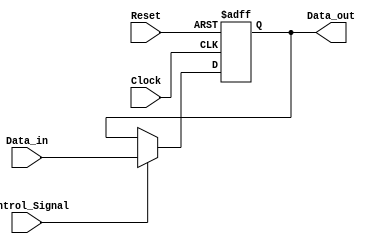
module ForwardingRegister (
    input wire [31:0] Data_in,      // Input data to be forwarded
    input wire Control_Signal,       // Control signal for forwarding
    input wire Clock,                // Clock signal
    input wire Reset,                // Asynchronous reset signal
    output reg [31:0] Data_out       // Output data that is forwarded
);

// Asynchronous Reset and D Flip-Flop behavior
always @(posedge Clock or posedge Reset) begin
    if (Reset) begin
        Data_out <= 32'b0;          // Clear the register on reset
    end else if (Control_Signal) begin
        Data_out <= Data_in;        // Forward data if control signal is high
    end // else case: Data_out retains its previous value
end

endmodule